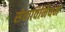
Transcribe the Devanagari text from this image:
सेवाविनियम